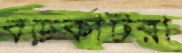
বড়কাটরা